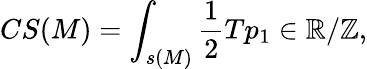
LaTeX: CS(M)=\int_{s(M)}{\frac{1}{2}}Tp_{1}\in\mathbb{R}/\mathbb{Z},